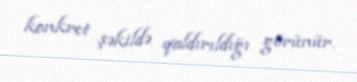
konkret şəkildə qaldırıldığı görünür.